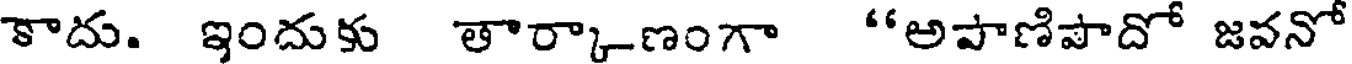
కాదు. ఇందుకు తార్కాణంగా "అపాణిపాదో జవనో